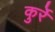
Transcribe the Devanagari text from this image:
कुर्रे